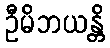
ဦမိဘယန္တိ